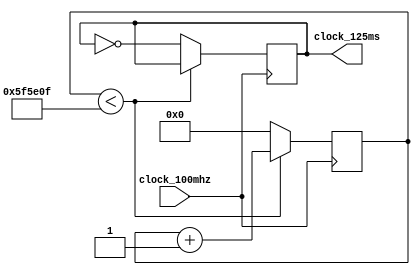
`timescale 1ns / 1ps

module clock_divider_to_125ms(
   input clock_100mhz,
   output reg clock_125ms = 0
   );

	parameter COUNTER_MAX = 6250000;

	reg [25:0] counter = 0;

	always @(posedge clock_100mhz) begin
		if (counter < COUNTER_MAX - 1) begin
			counter <= counter + 1'b1;
		end else begin
			counter <= 0;
			clock_125ms <= ~clock_125ms;
		end
	end

endmodule